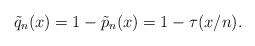
LaTeX: \begin{align*}\tilde{q}_n(x) &= 1-\tilde{p}_n(x) = 1- \tau(x/n). \end{align*}